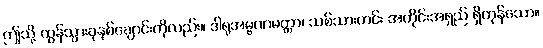
ဤသို့ ထွန်သွားခုနစ်ချောင်းကိုလည်း။ ဒါရုအမ္ဗဏမတ္တာ၊ သစ်သားတင်း အတိုင်းအရှည် ရှိကုန်သော။